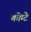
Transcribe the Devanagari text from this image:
कोम्टे